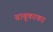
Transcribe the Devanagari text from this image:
बाबूकाका